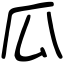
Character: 瓜